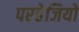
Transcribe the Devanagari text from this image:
परहेजियों